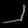
Digit: ၂